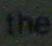
the